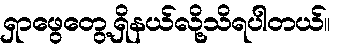
ရှာဖွေတွေ့ရှိနယ်လို့သိရပါတယ်။